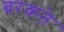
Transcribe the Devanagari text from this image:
बरकते